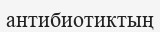
антибиотиктың